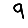
Digit: 9